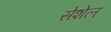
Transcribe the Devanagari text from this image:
सेशेल